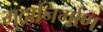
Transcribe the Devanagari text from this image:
मुद्रानिर्माण